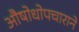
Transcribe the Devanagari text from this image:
औषोधोपचाराने